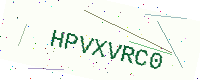
Text: HPVXVRC0